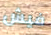
فيش